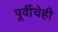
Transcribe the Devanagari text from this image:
पूर्वीचेही